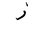
Letter: _zay